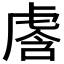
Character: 𰲢